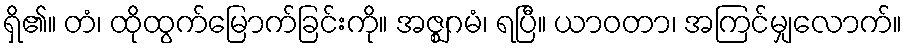
ရှိ၏။ တံ၊ ထိုထွက်မြောက်ခြင်းကို။ အဇ္ဈဂမံ၊ ရပြီ။ ယာဝတာ၊ အကြင်မျှလောက်။